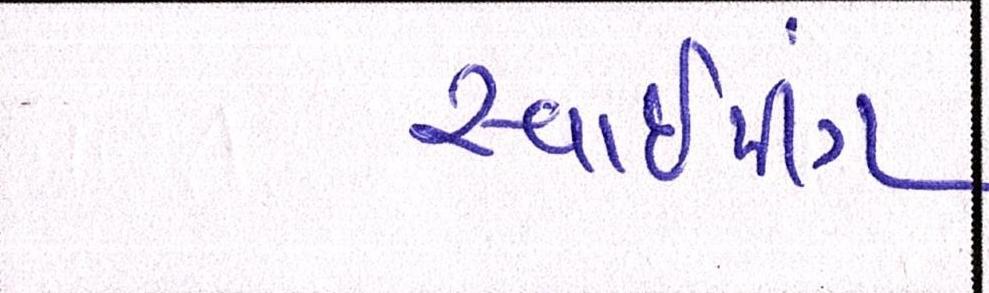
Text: સ્વાઈપીંગ